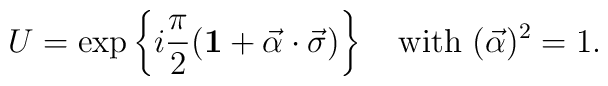
U = \exp\left\{i\frac{\pi}{2}({\bf 1}      + \vec{\alpha}\cdot\vec{\sigma})\right\}       \quad {\rm with} \ (\vec{\alpha})^2=1.